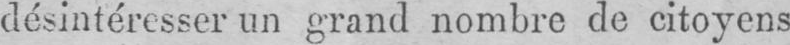
désintéresser un grand nombre de citoyens